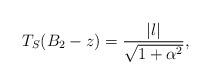
LaTeX: \begin{align*}T_S(B_2-z)=\frac{|l|}{\sqrt{1+\alpha^2}} ,\end{align*}